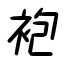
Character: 袍